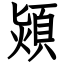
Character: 熲